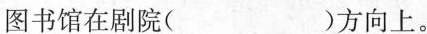
图书馆在剧院( )方向上。